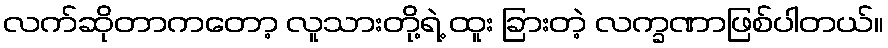
လက်ဆိုတာကတော့ လူသားတို့ရဲ့ ထူး ခြားတဲ့ လက္ခဏာဖြစ်ပါတယ်။